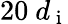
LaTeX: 20\ d_{\mathrm{~i~}}